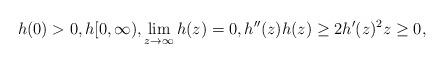
LaTeX: \begin{align*}h(0) > 0, h [0,\infty), \lim_{z\rightarrow \infty} h(z) = 0, h''(z)h(z) \geq 2h'(z)^2 z \geq 0,\end{align*}